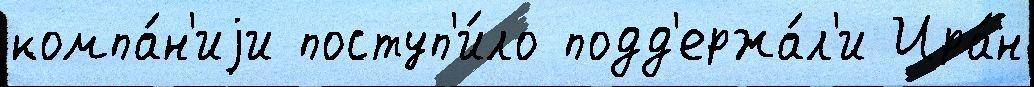
компа́н'иjи поступ'и́ло подд'ержа́л'и Ира́н